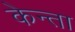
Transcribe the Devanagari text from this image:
केन्ता